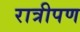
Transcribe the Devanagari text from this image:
रात्रीपण